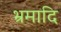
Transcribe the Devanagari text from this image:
भ्रमादि